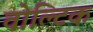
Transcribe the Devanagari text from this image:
वोल्टिक